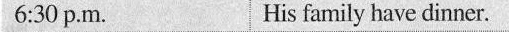
6:30 p.M. His family have dinner.